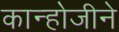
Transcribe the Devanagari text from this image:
कान्होजीने